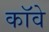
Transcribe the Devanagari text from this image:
कॉवे